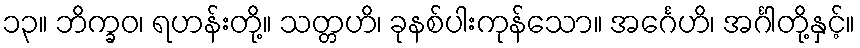
၁၃။ ဘိက္ခဝ၊ ရဟန်းတို့။ သတ္တဟိ၊ ခုနစ်ပါးကုန်သော။ အင်္ဂေဟိ၊ အင်္ဂါတို့နှင့်။